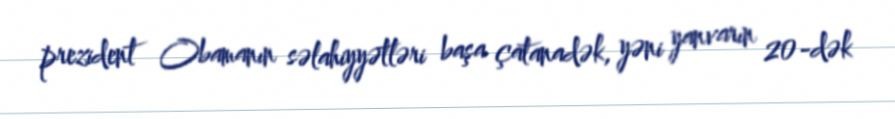
prezident Obamanın səlahiyyətləri başa çatanadək, yəni yanvarın 20-dək